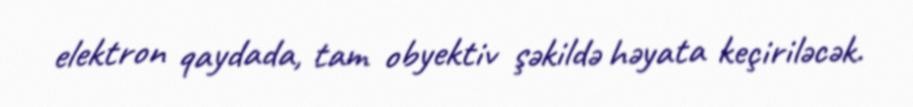
elektron qaydada, tam obyektiv şəkildə həyata keçiriləcək.